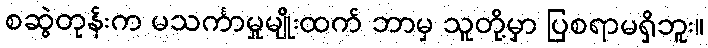
စဆွဲတုန်းက မသင်္ကာမှုမျိုးထက် ဘာမှ သူတို့မှာ ပြစရာမရှိဘူး။